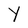
Character: Y